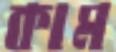
কাম